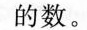
的数。